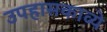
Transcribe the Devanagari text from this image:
उपहासकाव्ये